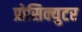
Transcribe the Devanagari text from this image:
प्रोसिक्युटर